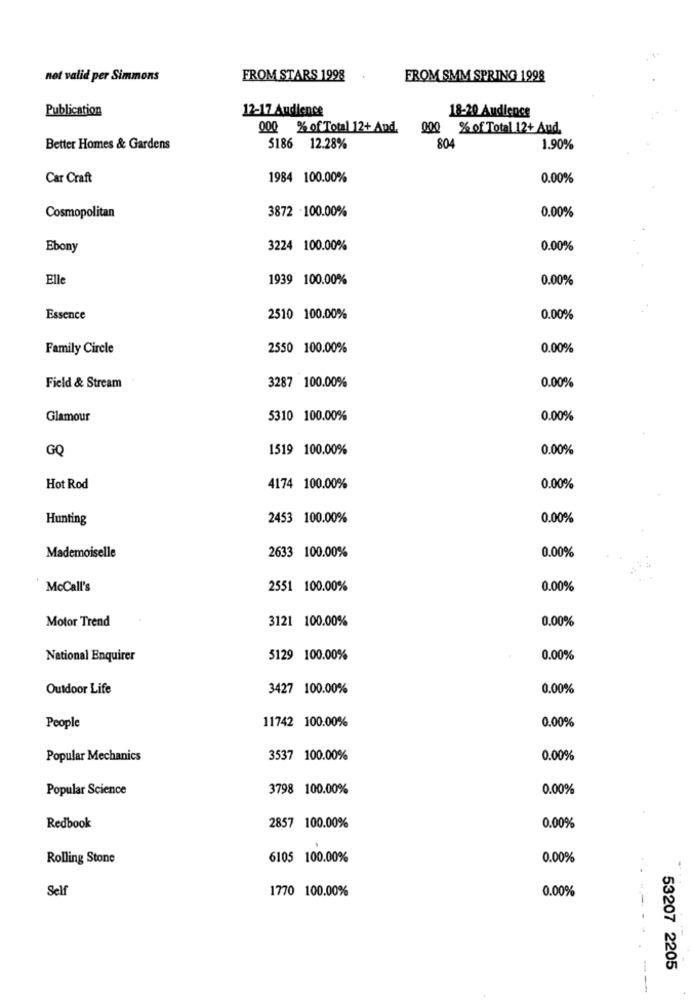
not valid per Simmons
FROM STARS 1998
FROM SMM SPRING 1998
Publication
12-17 Audience
18-20 Audience
000 %% of Total 12+ And. 000 % of Total 12+ And.
Better Homes & Gardens
5186 12.28%
804
1.90%
Car Craft
1984 100.00%
0.00%
3872 -100.00%
0.00%
Cosmopolitan
Ebony
3224 100.00%
0.00%
Elle
1939 100.00%
0.00%
Essence
2510 100.00%
0.00%
Family Circle
2550 100.00%
0.00%
Field & Stream
3287 100.00%
0.00%
Glamour
5310 100.00%
0.00%
GQ
1519 100.00%
0.00%
Hot Rod
4174 100.00%
0.00%
Hunting
2453 100.00%
0.00%
2633 100.00%
0.00%
Mademoiselle
McCall's
2551 100.00%
0.00%
Motor Trend
3121 100.00%
0.00%
National Enquirer
5129 100.00%
0.00%
Outdoor Life
3427 100.00%
0.00%
11742 100.00%
0.00%
People
Popular Mechanics
3537 100.00%
0.00%
Popular Science
3798 100.00%
0.00%
Redbook
2857 100.00%
0.00%
.
Rolling Stone
6105 100.00%
0.00%
....
Self
1770 100.00%
0.00%
----
53207 2205